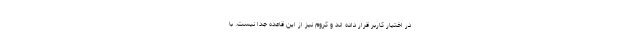
در اختیار کاربر قرار داده اند و کروم نیز از این قاعده جدا نیست. با